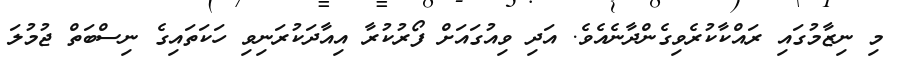
މި ނިޒާމުގައި ރައްކާކުރެވިގެންދާނެއެވެ. އަދި ވިއުގައަށް ފޯރުކުރާ އިއާދަކުރަނިވި ހަކަތައިގެ ނިސްބަތް ޖުމުލަ